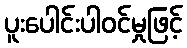
ပူးပေါင်းပါဝင်မှုဖြင့်